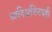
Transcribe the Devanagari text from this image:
ध्वनिअभिनयही